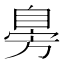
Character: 𦤔